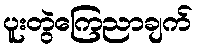
ပူးတွဲကြေညာချက်